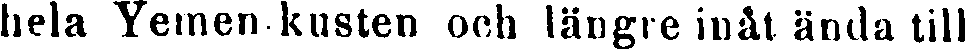
hela Yemen kusten och längre inåt ända till